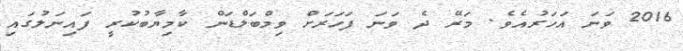
2016 ވަނަ އަހަރުއެވެ. މަރޭ ދެ ވަނަ ފަހަރަށް ވިމްބަލްޑަން ކާމިޔާބުކުރީ ފައިނަލުގައި